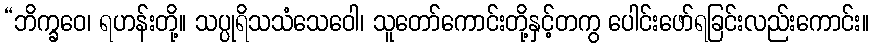
“ဘိက္ခဝေ၊ ရဟန်းတို့။ သပ္ပုရိသသံသေဝေါ၊ သူတော်ကောင်းတို့နှင့်တကွ ပေါင်းဖော်ရခြင်းလည်းကောင်း။